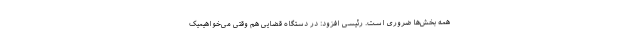
همه بخش‌ها ضروری است. رئیسی افزود: در دستگاه قضایی هم وقتی می‌خواهیمیک